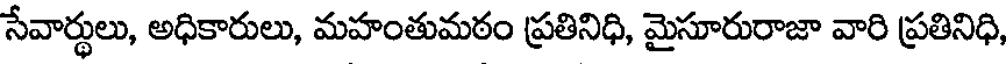
సేవార్థులు, అధికారులు, మహంతుమఠం ప్రతినిధి, మైసూరురాజా వారి ప్రతినిధి,